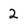
Character: 2